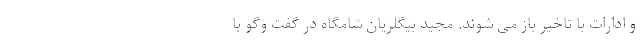
و ادارات با تاخیر باز می شوند. مجید بیگلریان شامگاه در گفت وگو با